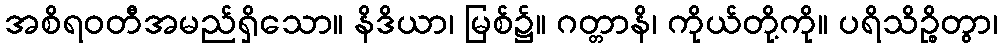
အစိရဝတီအမည်ရှိသော။ နိဒိယာ၊ မြစ်၌။ ဂတ္တာနိ၊ ကိုယ်တို့ကို။ ပရိသိဉ္စိတွာ၊